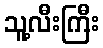
သူ့လီးကြီး